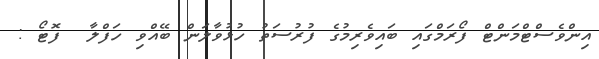
އިންވެސްޓްމަންޓް ފޯރަމްގައި ބައިވެރިމުގެ ފުރުސަތު ހުޅުވާލަން ބޭއްވި ހަފްލާ  ފޮޓޯ :